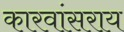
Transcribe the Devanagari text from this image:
कारवांसराय